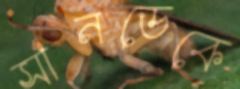
সানডেকে